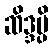
ဆိဒ္ဒမ္ပိ